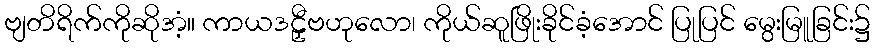
ဗျတိရိက်ကိုဆိုအံ့။ ကာယဒဠှီဗဟုလော၊ ကိုယ်ဆူဖြိုးခိုင်ခံ့အောင် ပြုပြင် မွေးမြူခြင်း၌